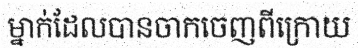
ម្នាក់ដែលបានចាកចេញពីក្រោយ